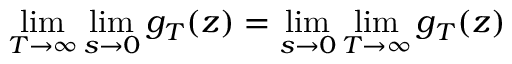
\operatorname* { l i m } _ { T \to \infty } \operatorname* { l i m } _ { s \to 0 } g _ { T } ( z ) = \operatorname* { l i m } _ { s \to 0 } \operatorname* { l i m } _ { T \to \infty } g _ { T } ( z )